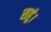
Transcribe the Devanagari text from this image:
सहूं।